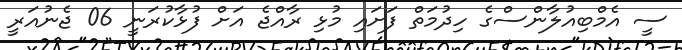
ސީ އެމްބިއުލާންސްގެ ހިދުމަތް ފަށައި މުޅި ރާއްޖެ އަށް ފުޅާކުރަނީ 06 ޖެނުއަރީ